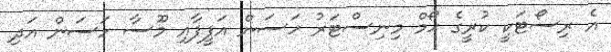
އެ ރިސޯޓަކީ ކުރީގެ ހޯމް މިނިސްޓަރު ހަސަން އަފީފާއި މޫސާ ހަސަން އަދި